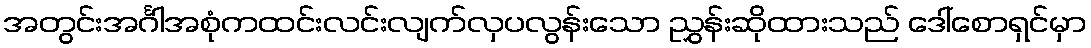
အတွင်းအင်္ဂါအစုံကထင်းလင်းလျက်လှပလွန်းသော ညွှန်းဆိုထားသည် ဒေါ်စောရှင်မှာ